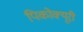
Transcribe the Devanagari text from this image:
पिकोक्यूरी